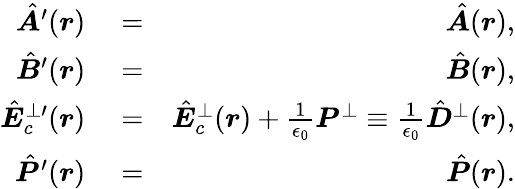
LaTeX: \begin{array}{rlr}{\hat{\boldsymbol A}^{\prime}(\boldsymbol r)}&{{}=}&{\hat{\boldsymbol A}(\boldsymbol r),}\\ {\hat{\boldsymbol B}^{\prime}(\boldsymbol r)}&{{}=}&{\hat{\boldsymbol B}(\boldsymbol r),}\\ {\hat{\boldsymbol E}_{c}^{\perp\prime}(\boldsymbol r)}&{{}=}&{\hat{\boldsymbol E}_{c}^{\perp}(\boldsymbol r)+\frac{1}{\epsilon_{0}}{\boldsymbol P}^{\perp}\equiv\frac{1}{\epsilon_{0}}\hat{\boldsymbol D}^{\perp}(\boldsymbol r),}\\ {\hat{\boldsymbol P}^{\prime}(\boldsymbol r)}&{{}=}&{\hat{\boldsymbol P}(\boldsymbol r).}\end{array}